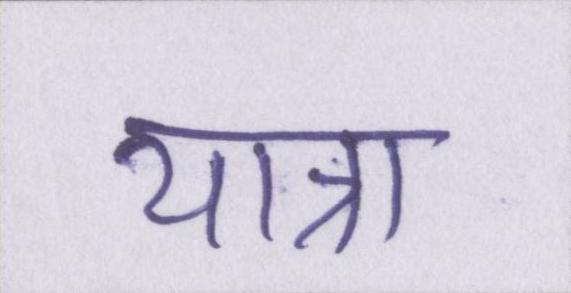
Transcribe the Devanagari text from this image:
यात्रा